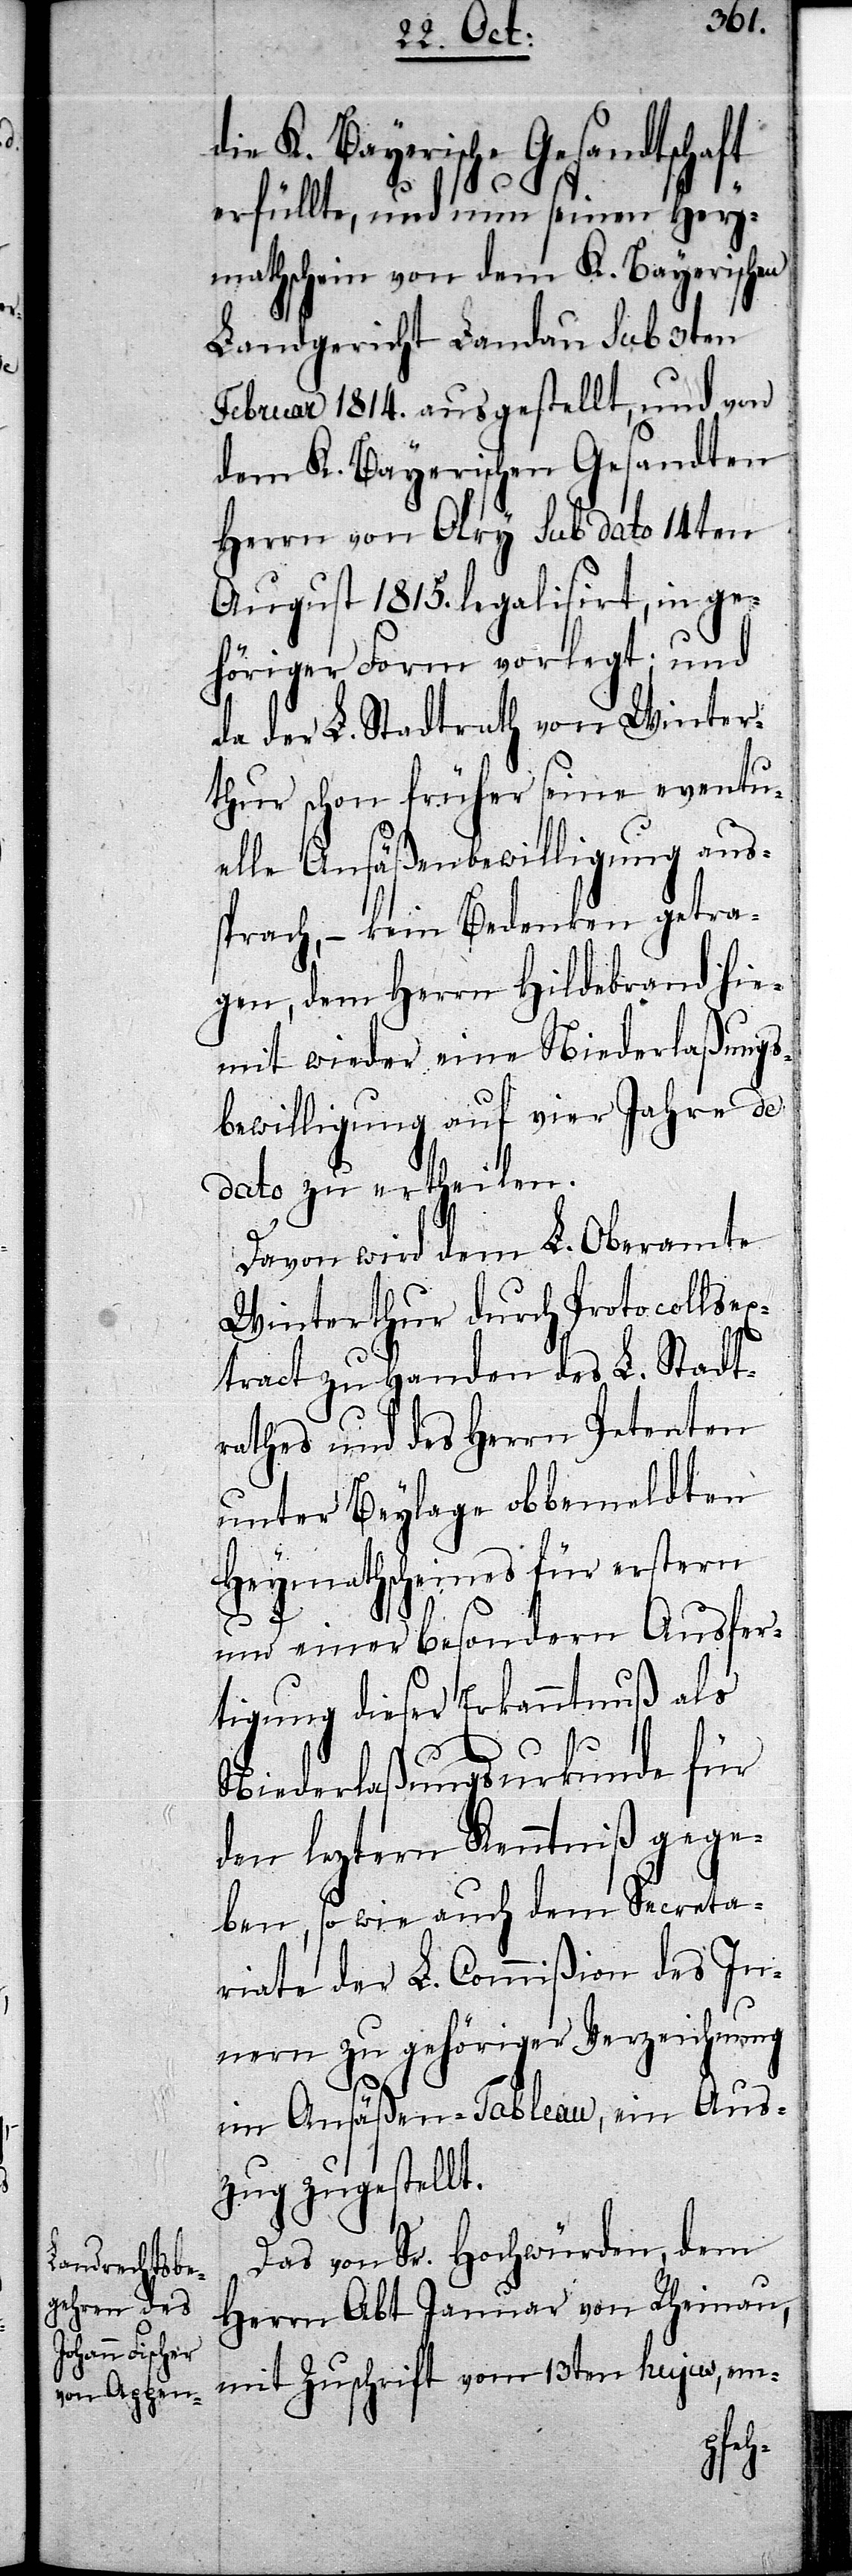
K. Bayerische Gesandtschaft
erfüllte, und nun seinen Hey¬
mathschein von dem K. Bayerischen
Landgericht Landau sub 3ten
Februar 1814. ausgestellt, und von
dem K. Bayerischen Gesandten
Herrn Olry sub dato 14ten
August 1815. legalisirt, in ge¬
höriger Form vorlegt; und
da der L. Stadtrath von Winter¬
thur schon früher seine eventu¬
elle Ansäßenbewilligung aus¬
sprach, – kein Bedenken getra¬
gen, dem Herrn Hildebrand hie¬
mit wieder eine Niederlaßungs¬
bewilligung auf vier Jahre de
dato zu ertheilen.
Davon wird dem L. Oberamte
Winterthur durch Protocollsex¬
tract zu Handen des L. Stadt¬
rathes und des Herrn Petenten
unter Beylage obbemeldten
Heymathscheines für erstern
und einer besondern Ausfer¬
tigung dieser Erkanntnuß als
Niederlaßungsurkunde für
den leztern Kenntniß gege¬
ben, so wie auch dem Secreta¬
riate der L. Commißion des In¬
nern zu gehöriger Verzeichnung
im Ansäßen-Tableau, ein Aus¬
zug zugestellt.
Das von Sr. Hochwürden, dem
Herrn Abt Januar von Rheinau,
mit Zuschrift vom 13ten hujus , em-